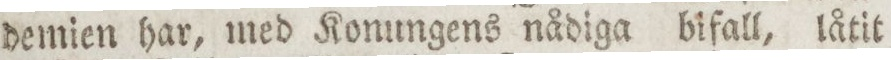
demien har, med Konungens nådiga bifall, låtit